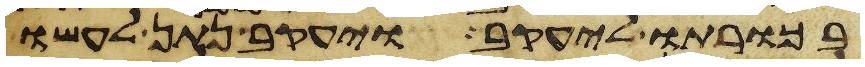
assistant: בכורתו ליעקב ויעקב נתן לעשו